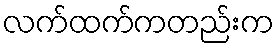
လက်ထက်ကတည်းက